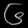
Digit: ၆